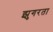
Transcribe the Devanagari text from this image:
झुगरता